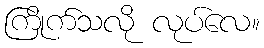
ကြိုက်သလို လုပ်လေ။